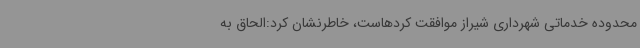
محدوده خدماتی شهرداری شیراز موافقت کردهاست، خاطرنشان کرد:الحاق به